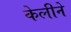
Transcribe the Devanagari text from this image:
केलीने